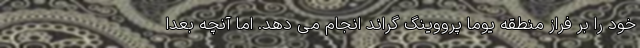
خود را بر فراز منطقه یوما پرووینگ گراند انجام می دهد. اما آنچه بعدا